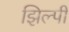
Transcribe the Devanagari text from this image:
झिल्पी